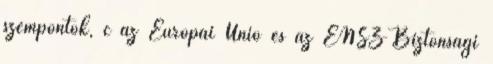
szempontok, c az Európai Unió és az ENSZ Biztonsági